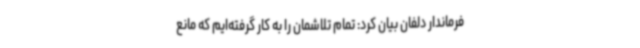
فرماندار دلفان بیان کرد: تمام تلاشمان را به کار گرفته‌ایم که مانع